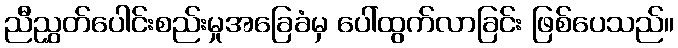
ညီညွှတ်ပေါင်းစည်းမှုအခြေခံမှ ပေါ်ထွက်လာခြင်း ဖြစ်ပေသည်။